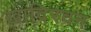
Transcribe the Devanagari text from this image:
खादिरवन